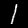
Digit: 1